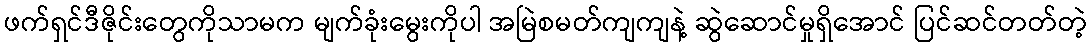
ဖက်ရှင်ဒီဇိုင်းတွေကိုသာမက မျက်ခုံးမွေးကိုပါ အမြဲစမတ်ကျကျနဲ့ ဆွဲဆောင်မှုရှိအောင် ပြင်ဆင်တတ်တဲ့